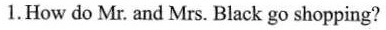
1. How do Mr. And Mrs. Black go shopping?